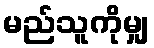
မည်သူကိုမျှ